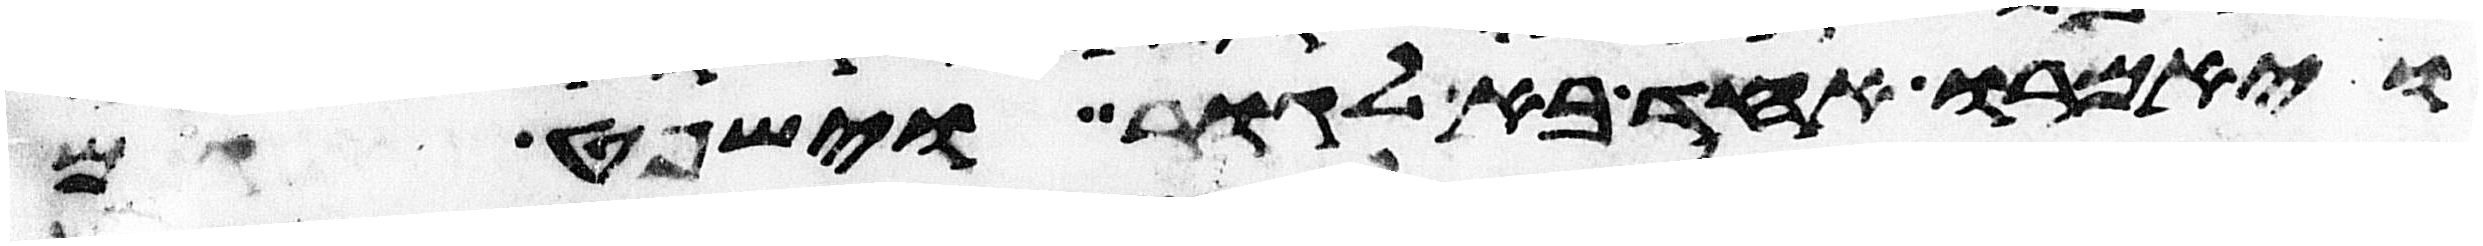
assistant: ויאמרו אחד בא לגור וישפט גם